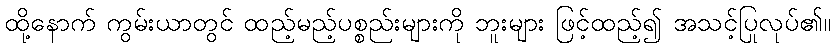
ထို့နောက် ကွမ်းယာတွင် ထည့်မည့်ပစ္စည်းများကို ဘူးများ ဖြင့်ထည့်၍ အသင့်ပြုလုပ်၏။